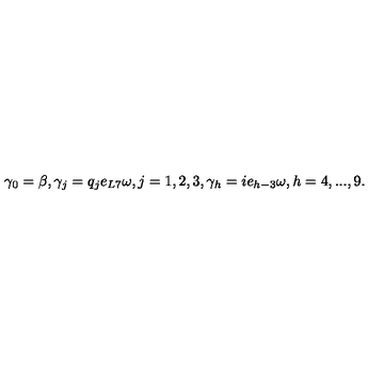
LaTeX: \gamma _ { 0 } = \beta , \gamma _ { j } = q _ { j } e _ { L 7 } \omega , j = 1 , 2 , 3 , \gamma _ { h } = i e _ { h - 3 } \omega , h = 4 , . . . , 9 .